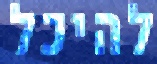
להיכל